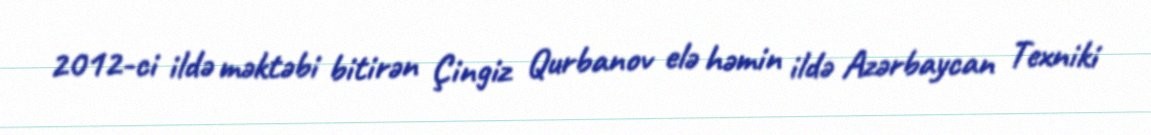
2012-ci ildə məktəbi bitirən Çingiz Qurbanov elə həmin ildə Azərbaycan Texniki